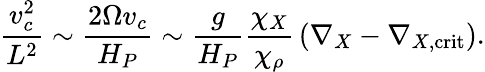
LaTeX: {\frac{v_{c}^{2}}{L^{2}}}\sim{\frac{2\Omega v_{c}}{H_{P}}}\sim{\frac{g}{H_{P}}}{\frac{\chi_{X}}{\chi_{\rho}}}\left(\nabla_{X}-\nabla_{X,\mathrm{crit}}\right).